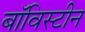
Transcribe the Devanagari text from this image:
बॉविस्टीन